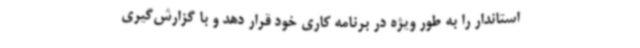
استاندار را به طور ویژه در برنامه کاری خود قرار دهد و با گزارش‌گیری